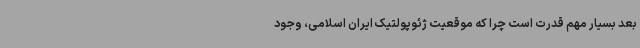
بعد بسیار مهم قدرت است چرا که موقعیت ژئوپولتیک ایران اسلامی، وجود